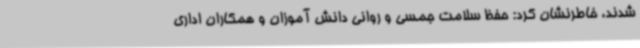
شدند، خاطرنشان کرد: حفظ سلامت جمسی و روانی دانش آموزان و همکاران اداری